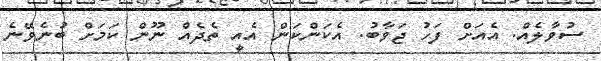
ސުވާލެއް. އެއަށް ފަހު ޖަވާބު. އެކަންކަން އެއީ ތެދެއް ނޫން ކަމަށް ބުނެވޭނެ